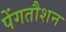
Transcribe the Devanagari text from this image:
पेंगतौशन